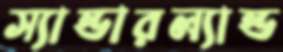
স্যান্ডারল্যান্ড